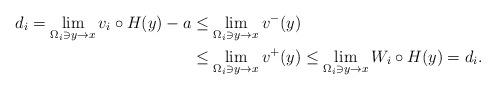
LaTeX: \begin{align*}d_i = \lim_{\Omega_i \ni y \to x} v_i \circ H(y) - a &\leq \lim_{\Omega_i \ni y \to x} v^- (y) \\ &\leq \lim_{\Omega_i \ni y \to x} v^+ (y) \leq \lim_{\Omega_i \ni y \to x} W_i \circ H (y) = d_i.\end{align*}